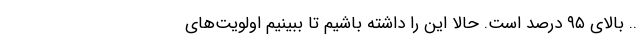
.. بالای ۹۵ درصد است. حالا این را داشته باشیم تا ببینیم اولویت‌های